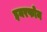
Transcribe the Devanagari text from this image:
इयरफोन